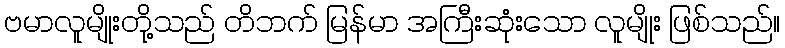
ဗမာလူမျိုးတို့သည် တိဘက် မြန်မာ အကြီးဆုံးသော လူမျိုး ဖြစ်သည်။